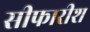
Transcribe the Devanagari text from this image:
सीफारीश